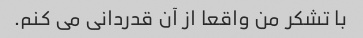
با تشکر من واقعا از آن قدردانی می کنم.